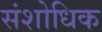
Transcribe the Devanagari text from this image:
संशोधिक